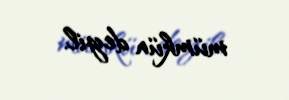
mümkün deyil.